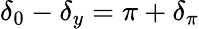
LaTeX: \delta_{0}-\delta_{y}=\pi+\delta_{\pi}